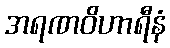
အရဏဝိဟာရီနံ